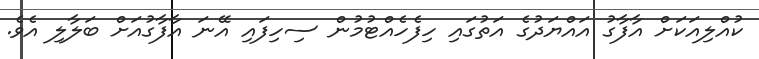
ކުއްލިއަކަށް އާފާގު އައްޔަދުގެ އަތުގައި ހިފެހެއްޓުމުން ސިހިފައި އޭނަ އާފާގުއަށް ބަލާލި އެވެ.